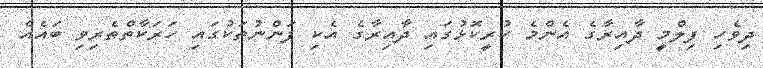
ދިވެހި ފިލްމީ ދާއިރާގެ އެންމެ ކުރީކޮޅުގައި ދާއިރާގެ އެކި ފަންނުތަކުގައި ހަރަކާތްތެރިވި ބައެއް